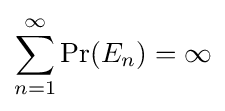
\sum _{n=1}^{\infty }\Pr(E_{n})=\infty